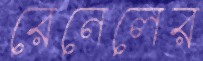
রেনেলের